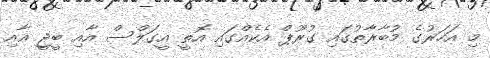
މި އަހަރުގެ މުބާރާތުގައި ގުރޫޕް އެކެއްގައި އޮތީ އީގަލްސް އާއި ބީޖީ އާއި